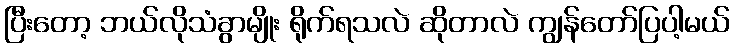
ပြီးတော့ ဘယ်လိုသံခွာမျိုး ရိုက်ရသလဲ ဆိုတာလဲ ကျွန်တော်ပြပါ့မယ်